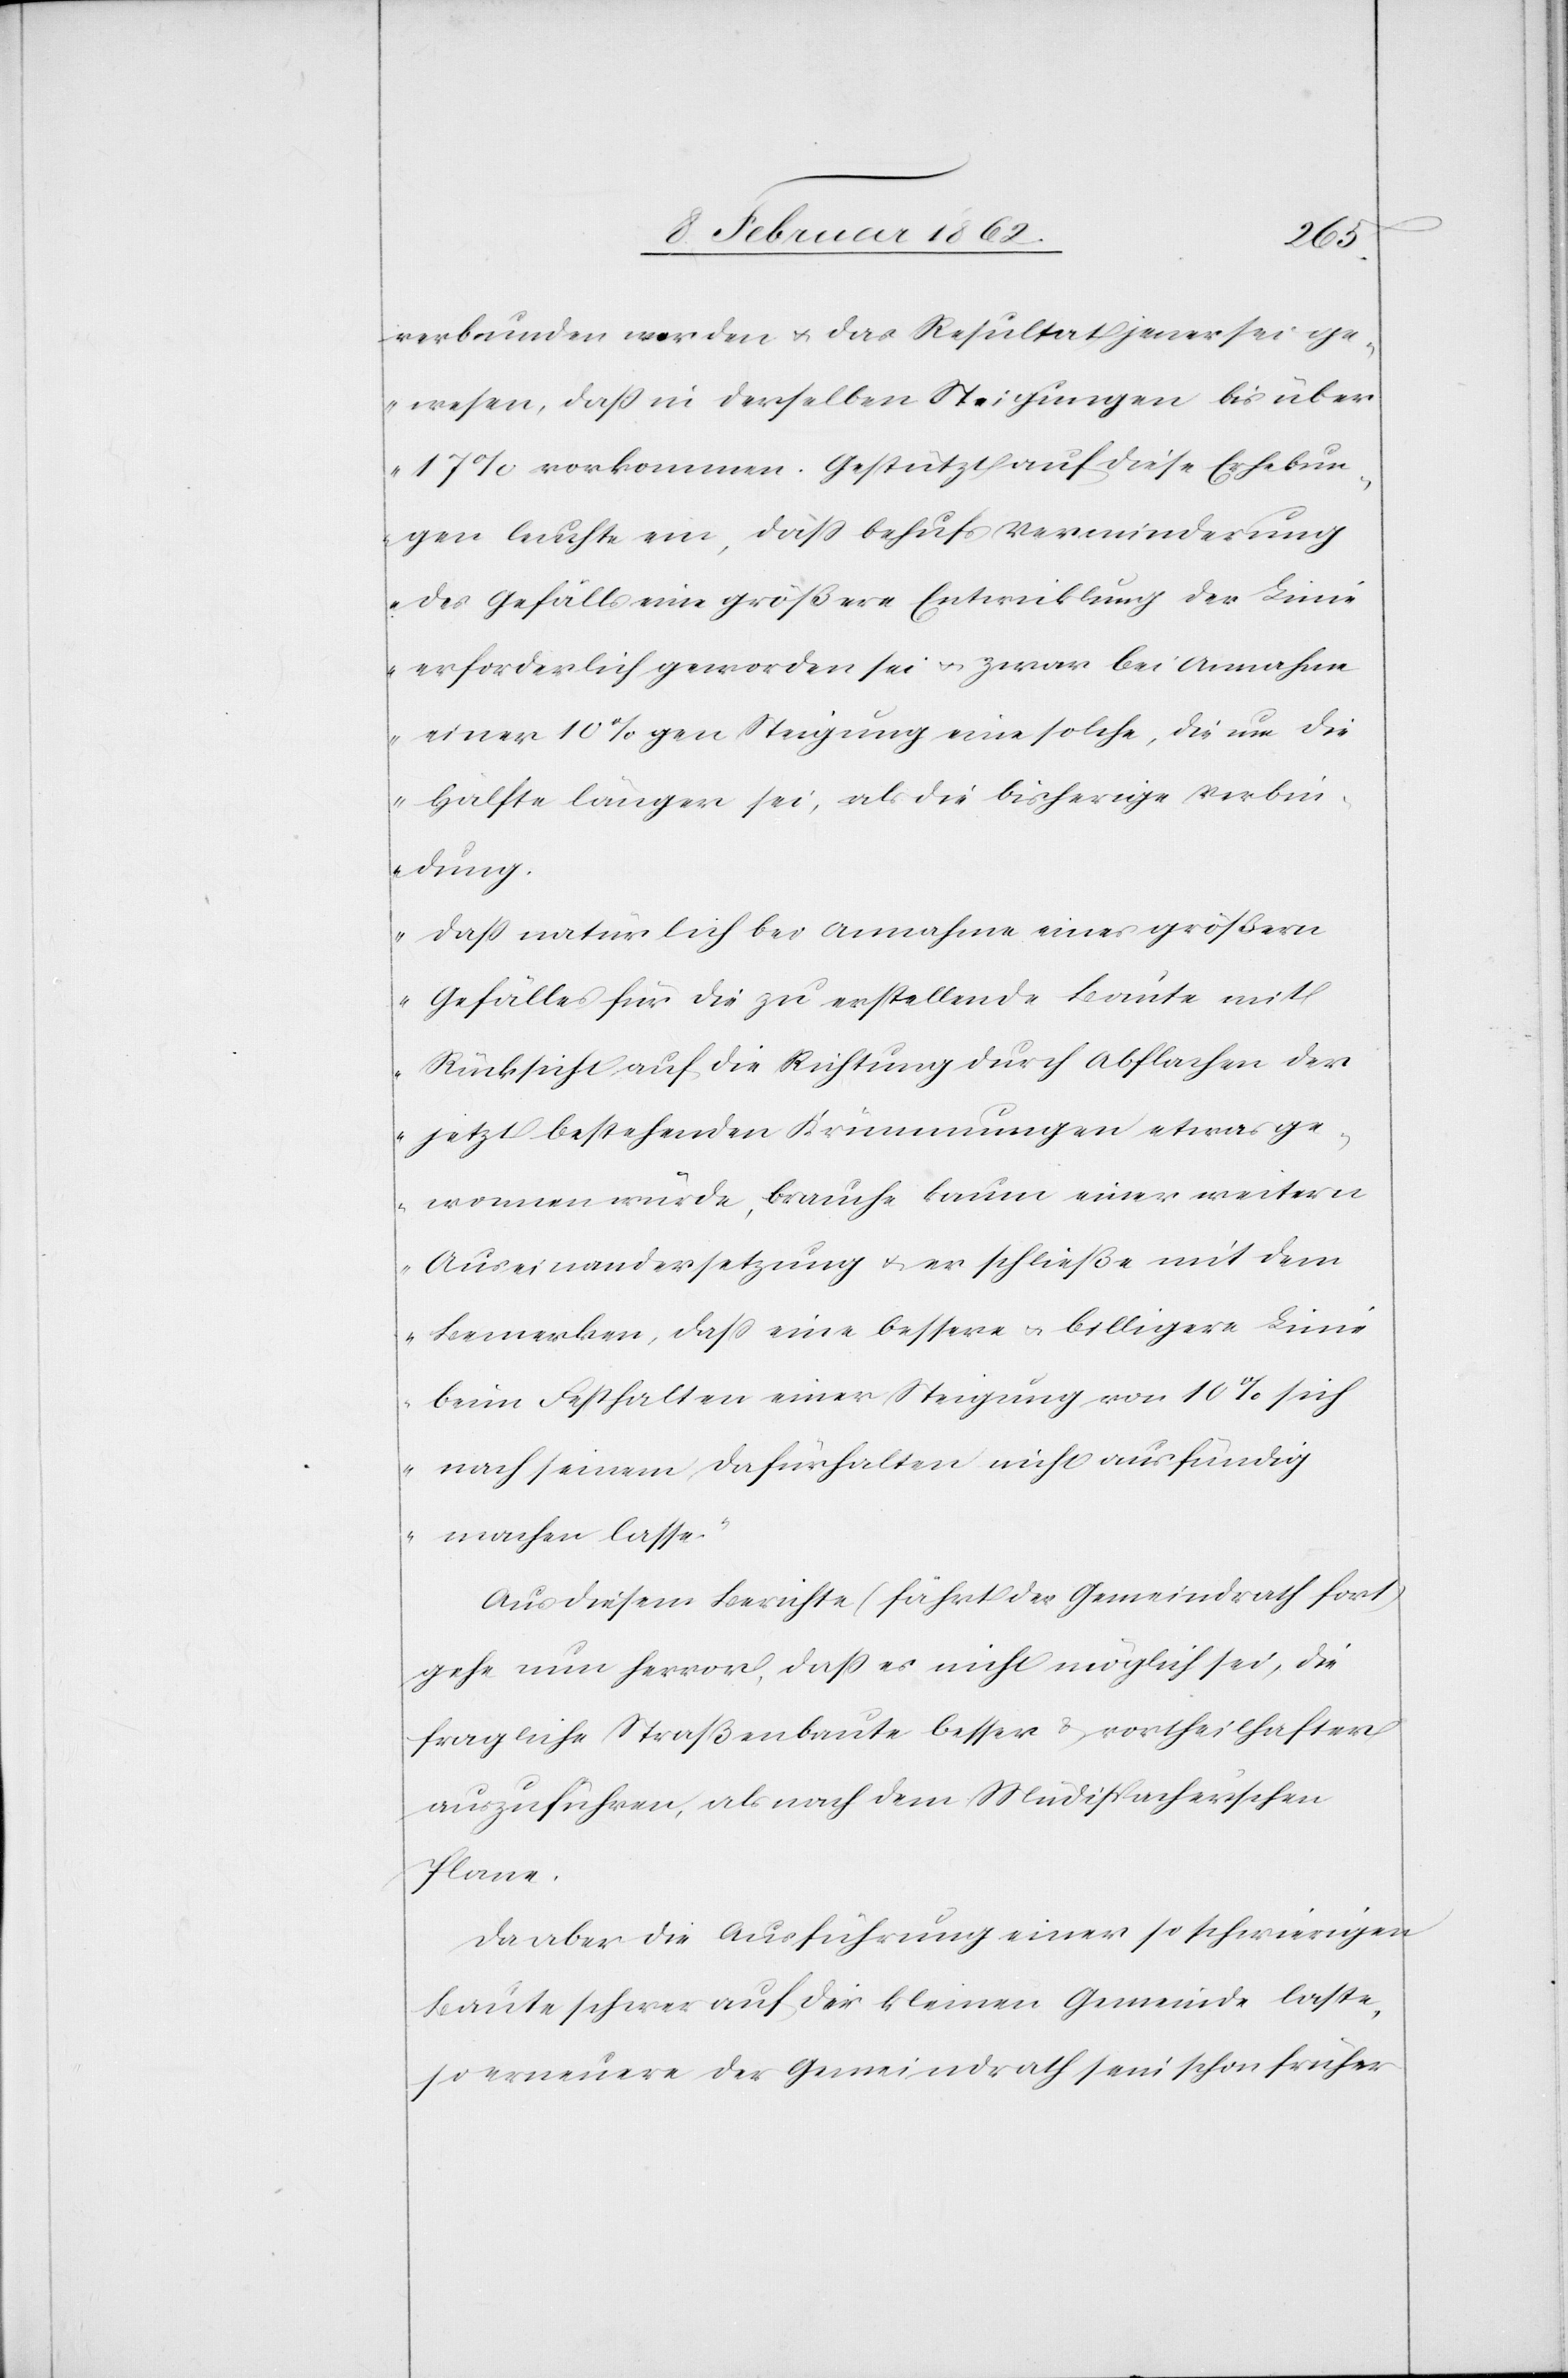
verbunden worden u. das Resultat jener sei ge¬
wesen, daß in derselben Steigungen bis über
17% vorkommen. Gestützt auf diese Erhebun¬
gen leuchte ein, daß behufs Verminderung
des Gefälls eine größere Entwicklung der Linie
erforderlich geworden sei u. zwar bei Annahme
einer 10%igen Steigung eine solche, die um die
Hälfte länger sei, als die bisherige Verbin¬
dung.
Daß natürlich bei Annahme eines größern
Gefälles die zu erstellende Baute mit
Rücksicht auf die Richtung durch Abflachen der
jetzt bestehenden Krümmungen etwas ge¬
wonnen wurde, brauche kaum einer weitern
Auseinandersetzung u. er schließe mit dem
Bemerken, daß eine bessere u. billigere Linie
beim Festhalten einer Steigung von 10% sich
nach seinem Dafürhalten nicht ausfündig
machen lasse.“
Aus diesem Berichte (fährt der Gemeindrath fort)
gehe nun hervor, daß es nicht möglich sei, die
fragliche Straßenbaute besser & vortheilhafter
auszuführen, als nach dem Müdispacherschen
Plane.
Da aber die Ausführung einer so schwierigen
Baute schwer auf der kleinen Gemeinde laste,
so erneuere der Gemeindrath sein schon früher